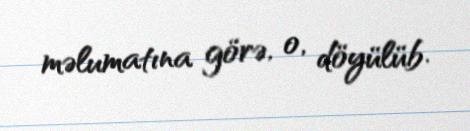
məlumatına görə, o, döyülüb.